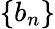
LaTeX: \left\{ b_{n}\right\}